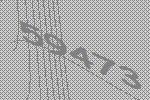
59473